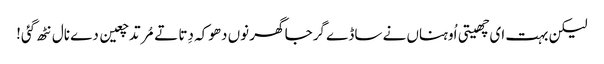
لیکن بہت ای چھیتی اُوہناں نے ساڈے گرجا گھر نوں دھوکہ دِتا تے مُرتد چعین دے نال نٹھ گئی!